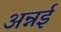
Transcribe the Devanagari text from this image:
अन्नई